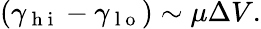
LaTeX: (\gamma_{\mathrm{~h~i~}}-\gamma_{\mathrm{~l~o~}})\sim\mu\Delta V.